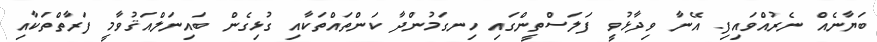
ބަޔާނެއް ނެރުއްވައިފި. އޭނާ ވިދާޅުވީ ފަލަސްތީންގައި ހިނގަމުންދާ ކަންތައްތަކާއި ގުޅިގެން ބައިނަލްއަޤުވާމީ ފަރާތްތަކާއި